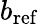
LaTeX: b_{\mathrm{ref}}